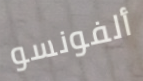
ألفونسو